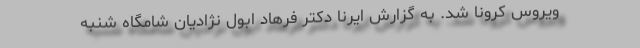
ویروس کرونا شد. به گزارش ایرنا دکتر فرهاد ابول نژادیان شامگاه شنبه